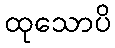
ထုသောပိ